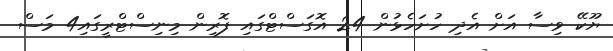
ޔޫކޭ ވިސާ އަށް އެދި ހުށަހެޅުން 24 އޮގަސްޓްގައި ފޮރިން މިނިސްޓްރީގައި4 މަސް